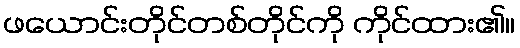
ဖယောင်းတိုင်တစ်တိုင်ကို ကိုင်ထား၏။